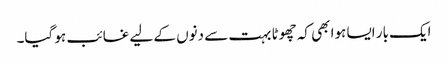
ایک بار ایسا ہوا بھی کہ چھوٹا بہت سے دنوں کے لیے غائب ہو گیا۔